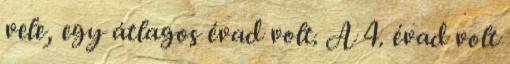
vele, egy átlagos évad volt. A 4. évad volt